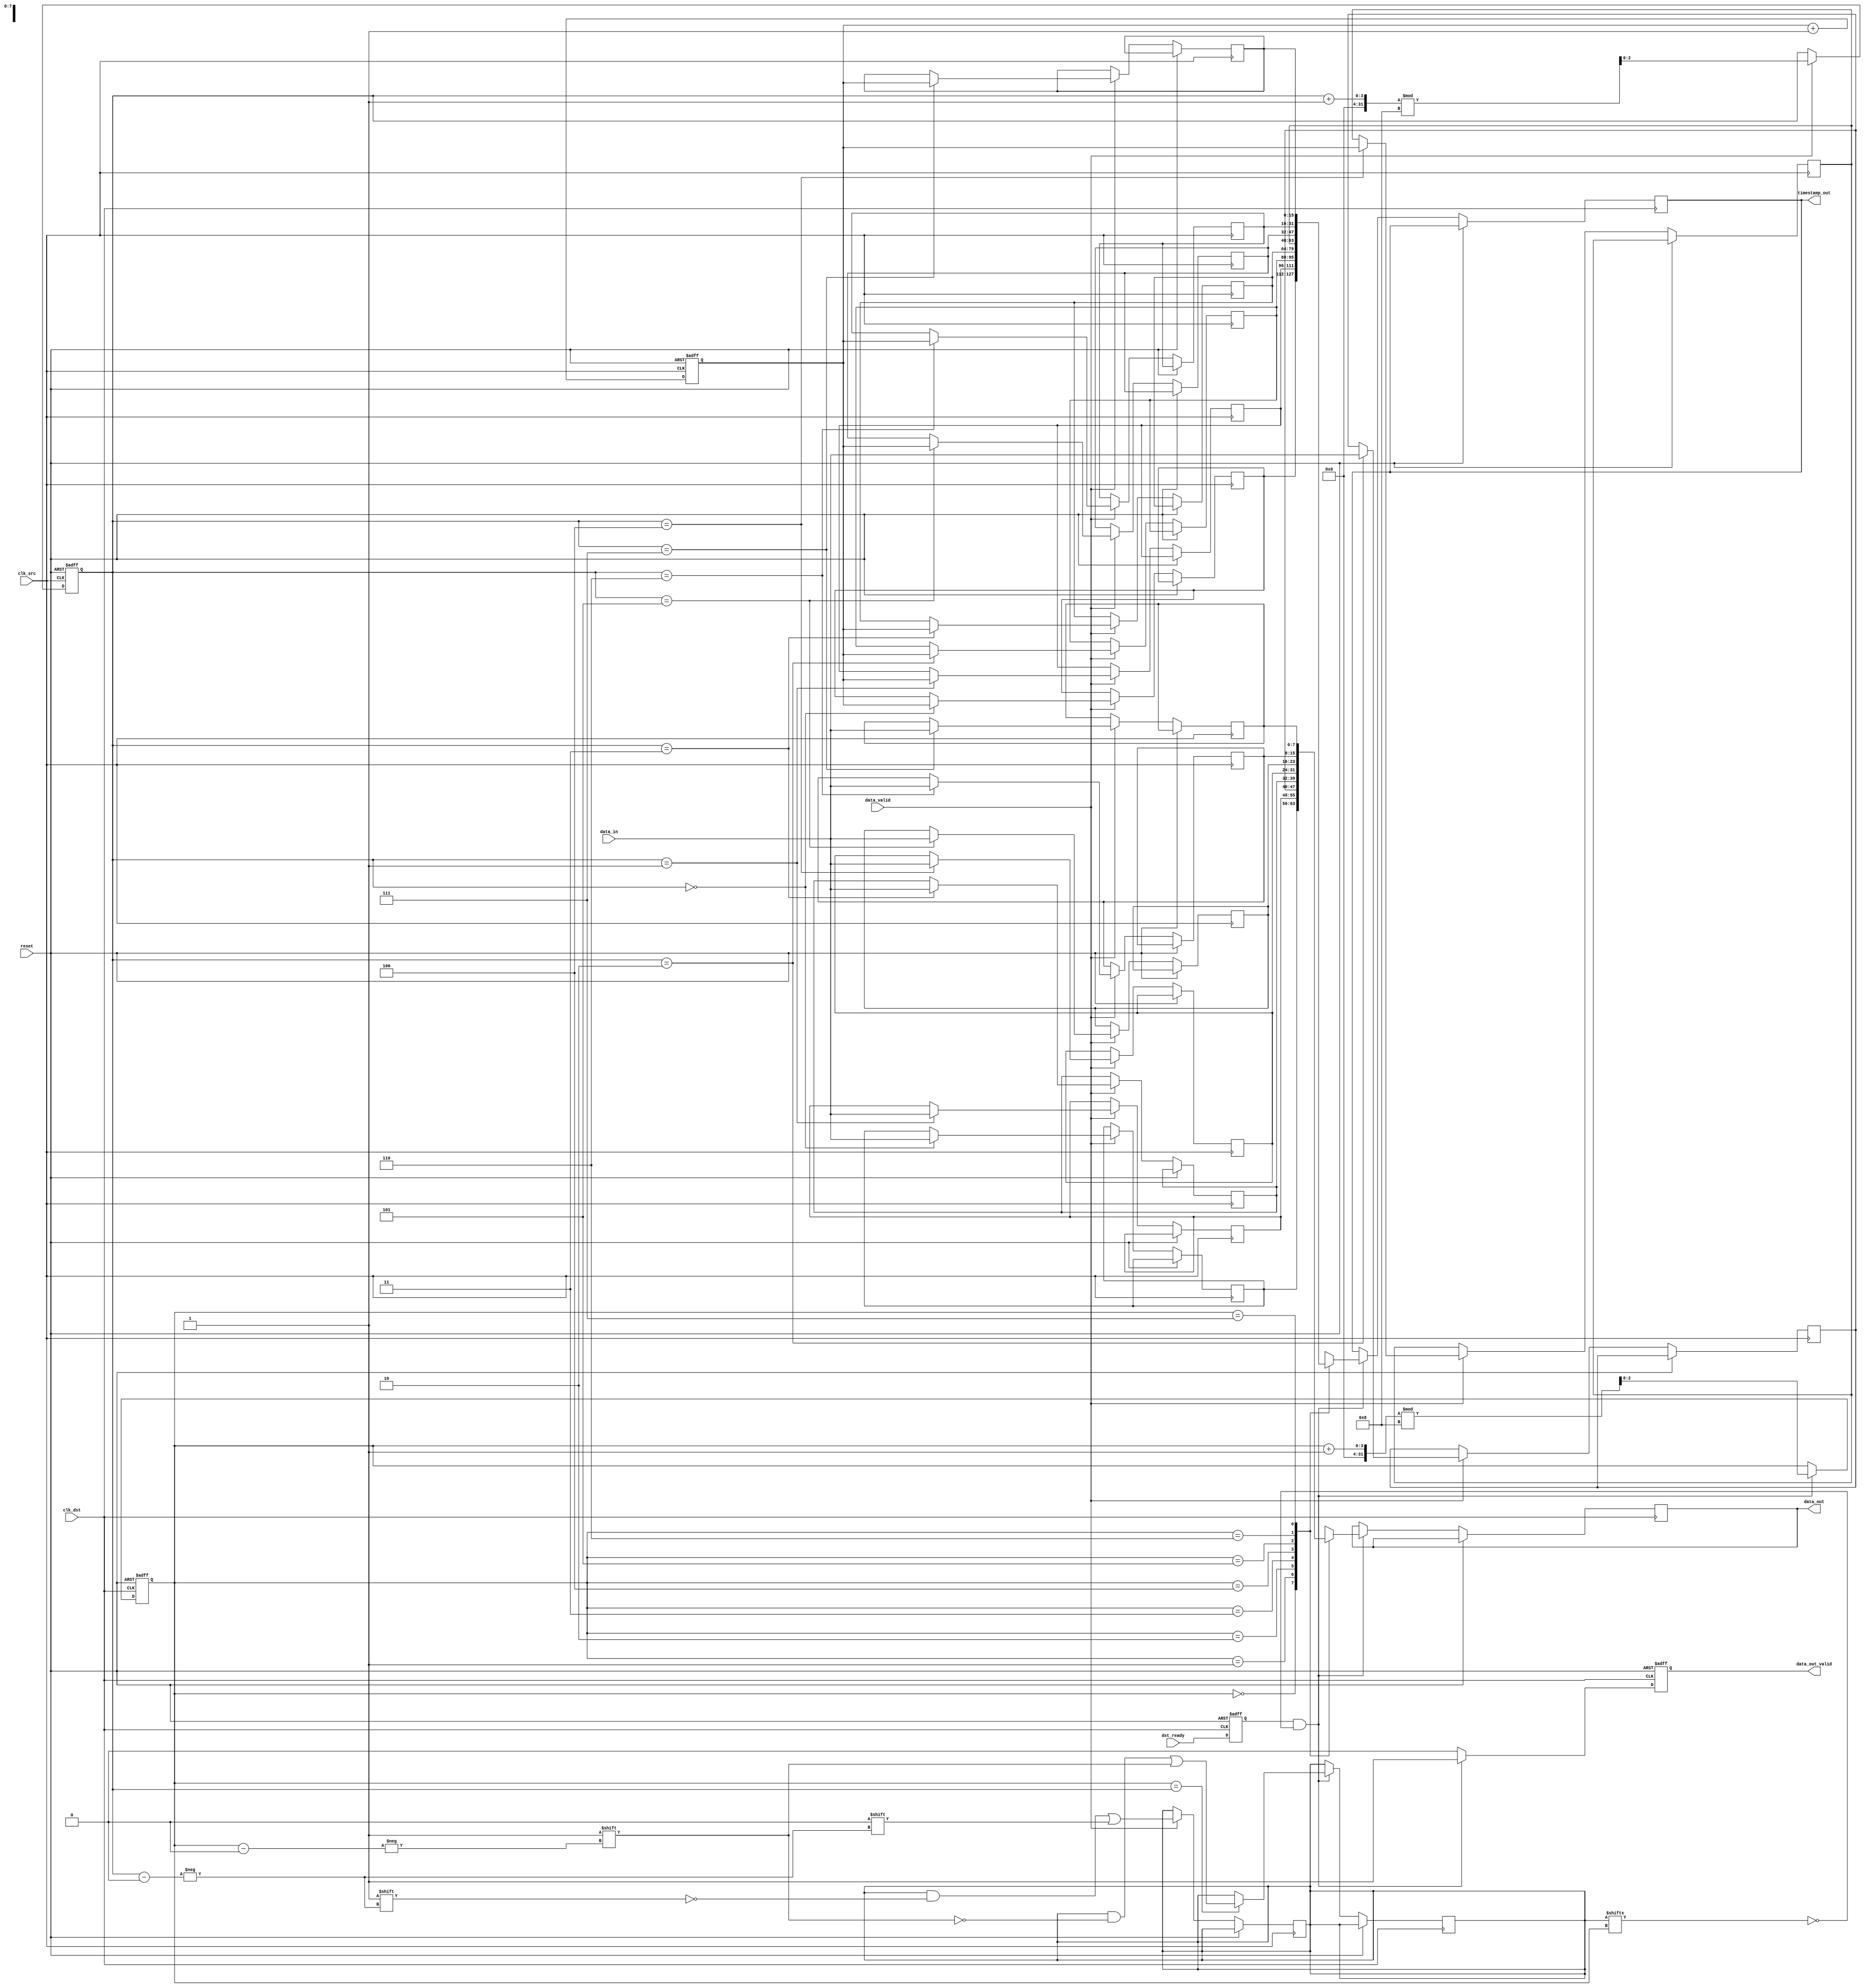
module time_stamped_synchronizer #(
    parameter DATA_WIDTH = 8,
    parameter TIMESTAMP_WIDTH = 16,
    parameter FIFO_DEPTH = 8
)(
    input wire            clk_src,
    input wire            clk_dst,
    input wire            reset,
    input wire            data_valid,
    input wire [DATA_WIDTH-1:0] data_in,
    output reg           data_out_valid,
    output reg [DATA_WIDTH-1:0] data_out,
    output reg [TIMESTAMP_WIDTH-1:0] timestamp_out,
    input wire            dst_ready
);

    // FIFO buffer
    reg [DATA_WIDTH-1:0] fifo_data[FIFO_DEPTH-1:0];
    reg [TIMESTAMP_WIDTH-1:0] fifo_timestamp[FIFO_DEPTH-1:0];
    reg [$clog2(FIFO_DEPTH)-1:0] fifo_read_pointer = 0;
    reg [$clog2(FIFO_DEPTH)-1:0] fifo_write_pointer = 0;
    reg [FIFO_DEPTH-1:0] fifo_empty = 1;
    
    // Handshaking signals
    reg src_ack = 0;
    reg dst_ready_sync;
    reg dst_ready_sync2;

    // Timestamp counter
    reg [TIMESTAMP_WIDTH-1:0] timestamp = 0;

    // Synchronize ready signal
    always @(posedge clk_dst or posedge reset) begin
        if (reset) begin
            dst_ready_sync <= 0;
            dst_ready_sync2 <= 0;
        end else begin
            dst_ready_sync2 <= dst_ready_sync;
            dst_ready_sync <= dst_ready;
        end
    end

    // Data Sampling in source clock domain
    always @(posedge clk_src or posedge reset) begin
        if (reset) begin
            fifo_write_pointer <= 0;
            timestamp <= 0;
            src_ack <= 0;
        end else begin
            // Generate timestamp
            timestamp <= timestamp + 1;

            if (data_valid) begin
                // Store data and timestamp in FIFO
                fifo_data[fifo_write_pointer] <= data_in;
                fifo_timestamp[fifo_write_pointer] <= timestamp;

                // Increment FIFO write pointer with wrap around
                fifo_write_pointer <= (fifo_write_pointer + 1) % FIFO_DEPTH;
                fifo_empty[fifo_write_pointer] <= 0;

                src_ack <= 1; // Acknowledge data stored
            end else begin
                src_ack <= 0;
            end
        end
    end

    // Data Transfer in destination clock domain
    always @(posedge clk_dst or posedge reset) begin
        if (reset) begin
            data_out_valid <= 0;
            fifo_read_pointer <= 0;
        end else begin
            if (dst_ready_sync && !fifo_empty[fifo_read_pointer]) begin
                // Read data and timestamp from the FIFO
                data_out <= fifo_data[fifo_read_pointer];
                timestamp_out <= fifo_timestamp[fifo_read_pointer];
                data_out_valid <= 1;

                // Increment read pointer
                fifo_read_pointer <= (fifo_read_pointer + 1) % FIFO_DEPTH;

                // Mark as empty if read pointer meets write pointer
                if (fifo_read_pointer == fifo_write_pointer) begin
                    fifo_empty[fifo_read_pointer] <= 1;
                end
            end else begin
                data_out_valid <= 0;
            end
        end
    end

endmodule